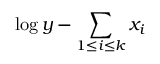
\log y - \sum _ { 1 \leq i \leq k } x _ { i }